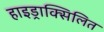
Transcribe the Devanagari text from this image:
हाइड्राक्सिलित